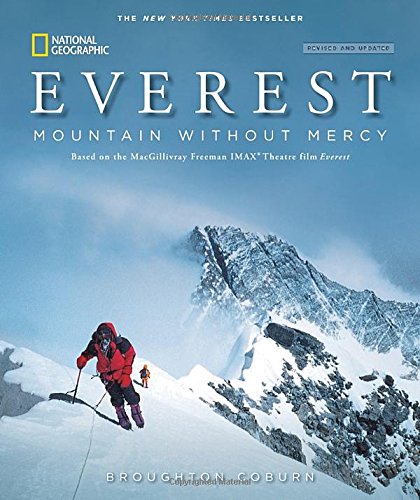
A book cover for Everest, Revised and Updated: Mountain Without Mercy; Broughton Coburn; Science & Math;